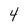
Character: 4